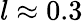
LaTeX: l\approx 0.3